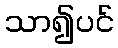
သာ၍ပင်